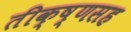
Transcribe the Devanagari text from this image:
तीक्ष्णसह